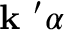
\mathrm { ~ \bf ~ k ~ } ^ { \prime } \alpha